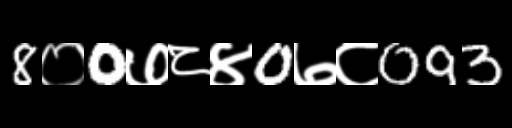
Text: 8०0७८४0७८093